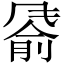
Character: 𬲂